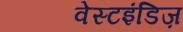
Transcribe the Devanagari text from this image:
वेस्टइंडिज़